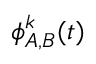
\phi _ { A , B } ^ { k } ( t )